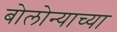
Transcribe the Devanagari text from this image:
बोलोन्याच्या